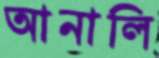
আনালি